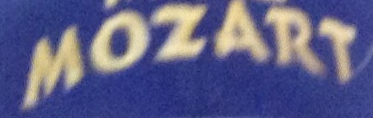
MOZART